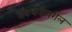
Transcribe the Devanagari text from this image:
संवर्धनावरील